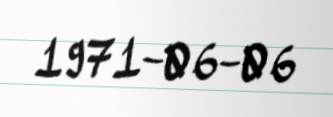
1971-06-06